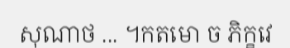
សុណាថ ... ។កតមោ ច ភិក្ខវេ